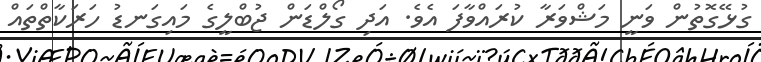
ގުޅޭގޮތުން ވަނީ މަޝްވަރާ ކުރައްވާފަ އެވެ. އަދި ގޯލްޑަން ޖުބްލީގެ މައިގަނޑު ހަރަކާތްތައް